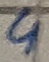
Text: 4